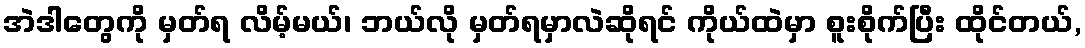
အဲဒါတွေကို မှတ်ရ လိမ့်မယ်၊ ဘယ်လို မှတ်ရမှာလဲဆိုရင် ကိုယ်ထဲမှာ စူးစိုက်ပြီး ထိုင်တယ်,